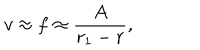
v \approx f \approx \frac { A } { r _ { 1 } - r } ,